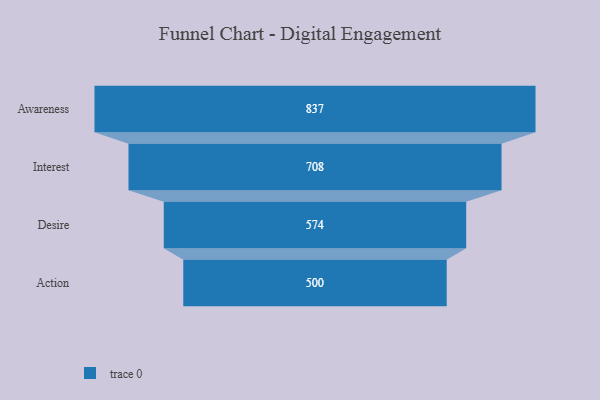
{"axis": {"x": "Stage", "y": "Value"}, "legend": [""], "data": [{"x": "Awareness", "y": 837.0, "type": ""}, {"x": "Interest", "y": 708.0, "type": ""}, {"x": "Desire", "y": 574.0, "type": ""}, {"x": "Action", "y": 500, "type": ""}]}